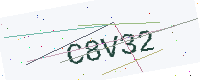
Text: C8V32